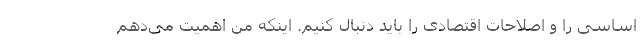
اساسی را و اصلاحات اقتصادی را باید دنبال کنیم. اینکه من اهمیت می‌دهم